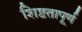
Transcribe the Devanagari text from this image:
शिष्टतापूर्ण